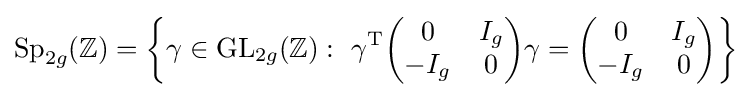
\mathrm {Sp} _{2g}(\mathbb {Z} )=\left\{\gamma \in \mathrm {GL} _{2g}(\mathbb {Z} ):\ \gamma ^{\mathrm {T} }{\begin{pmatrix}0&I_{g}\\-I_{g}&0\end{pmatrix}}\gamma ={\begin{pmatrix}0&I_{g}\\-I_{g}&0\end{pmatrix}}\right\}